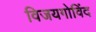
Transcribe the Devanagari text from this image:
विजयगोविंद